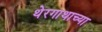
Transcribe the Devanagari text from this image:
थेरगाथाच्या